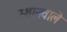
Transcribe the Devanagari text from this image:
स्थानवाले